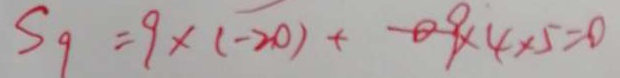
S _ { g } = 9 \times ( - 2 0 ) + - 9 \times 4 \times 5 = 0